Leaving Certificate Examination, 1919, 1919
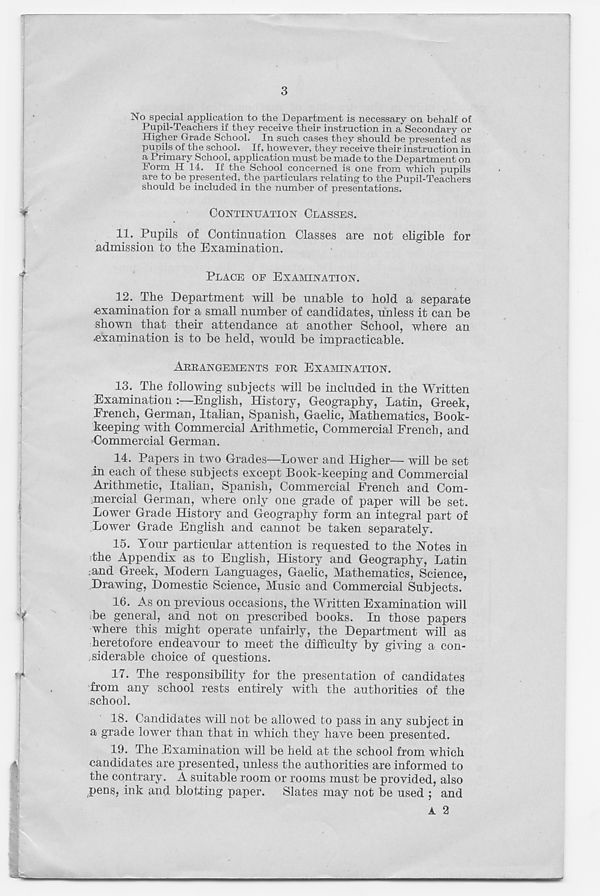
3
No special application to the Department is necessary on behalf of
Pupil-Teachers if they receive their instruction in a Secondary or
Higher Grade School. In such cases they should be presented as
pupils of the school. If, however, they receive their instruction in
a Primary School, application must be'made to the Department on
Form H 14. If the School concerned is one from which pupils
are to be presented, the particulars relating to the Pupil-Teachers
should be included in the number of presentations.
CONTINUATION CLASSES.
11. Pupils of Continuation Classes are not eligible for
admission to the Examination.
PLACE OF EXAMINATION.
12. The Department will be unable to hold a separate
-examination for a small number of candidates, unless it can be
shown that their attendance at another School, where an
examination is to be held, would be impracticable.
ARRANGEMENTS FOR EXAMINATION.
13. The following subjects will be included in the Written
Examination :—English, History, Geography, Latin, Greek,
French, German, Italian, Spanish, Gaelic, Mathematics, Book-
keeping with Commercial Arithmetic, Commercial French, and
Commercial German.
14. Papers in two Grades—Lower and Higher— will be set
.in each of these subjects except Book-keeping and Commercial
Arithmetic, Italian, Spanish, Commercial French and Com-
mercial German, where only one grade of paper will be set.
Lower Grade History and Geography form an integral part of
Lower Grade English and cannot be taken separately.
15. Your particular attention is requested to the Notes in
the Appendix as to English, History and Geography, Latin
and Greek, Modern Languages, Gaelic, Mathematics, Science,
Drawing, Domestic Science, Music and Commercial Subjects.
16. As on previous occasions, the Written Examination will
be general, and not on prescribed books. In those papers
where this might operate unfairly, the Department will as
heretofore endeavour to meet the difficulty by giving a con-
siderable choice of questions.
17. The responsibility for the presentation of candidates
from any school rests entirely with the authorities of the
school.
18. Candidates will not be allowed to pass in any subject in
a grade lower than that in which they have been presented.
19. The Examination will be held at the school from which
candidates are presented, unless the authorities are informed to
the contrary. A suitable room or rooms must be provided, also
pens, ink and blotting paper. Slates may not be used ; and
A 2